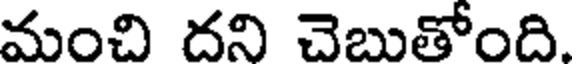
మంచి దని చెబుతోంది.